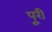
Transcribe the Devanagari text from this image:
पुूरी